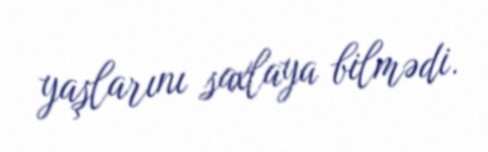
yaşlarını saxlaya bilmədi.